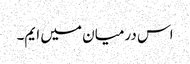
اس درمیان میں ایم۔